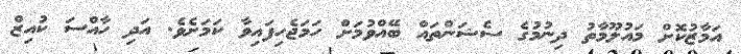
އަމާޒުކޮށް މައުލޫމާތު ދިނުމުގެ ސެޝަންތައް ބޭއްވުމަށް ހަމަޖެހިފައިވާ ކަމަށެވެ. އަދި ހާއްސަ ކުއިޒް